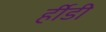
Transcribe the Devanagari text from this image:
र्हीडी